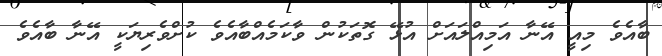
ބާއެވެ މިއީ އޭނާ އަމިއްލައަށް އުޅޭ ގޮތަކުން ވާކަމެއްބާއެވެ ކުށްވެރިޔަކީ އޭނާ ބާއެވެ